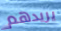
يريدهم